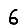
Digit: 6